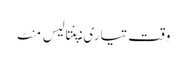
وقت تیاری: پنتالیس مِنٹ